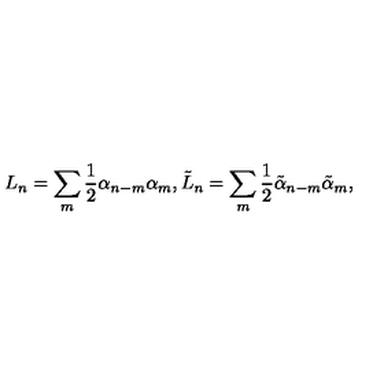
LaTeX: L _ { n } = \sum _ { m } \frac 1 2 \alpha _ { n - m } \alpha _ { m } , \tilde { L } _ { n } = \sum _ { m } \frac 1 2 \tilde { \alpha } _ { n - m } \tilde { \alpha } _ { m } ,